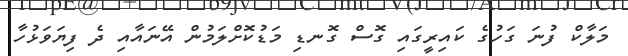
މަލާކް ފުނަ ގަހުގެ ކައިރީގައި ގޮސް ގޮނޑި މަޑުކޮށްލަމުން އޭނައާއި ދެ ފިޔަވަޅުހާ